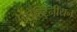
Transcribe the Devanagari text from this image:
पेलेस्टिनीयन